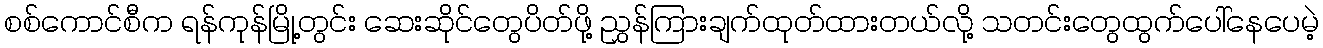
စစ်ကောင်စီက ရန်ကုန်မြို့တွင်း ဆေးဆိုင်တွေပိတ်ဖို့ ညွှန်ကြားချက်ထုတ်ထားတယ်လို့ သတင်းတွေထွက်ပေါ်နေပေမဲ့